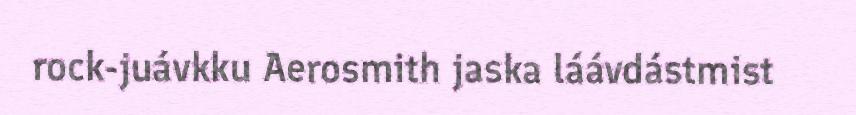
rock-juávkku Aerosmith jaska láávdástmist